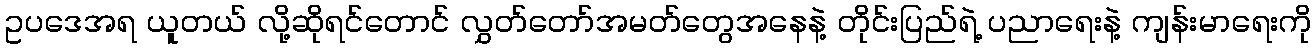
ဥပဒေအရ ယူတယ် လို့ဆိုရင်တောင် လွှတ်တော်အမတ်တွေအနေနဲ့ တိုင်းပြည်ရဲ့ ပညာရေးနဲ့ ကျန်းမာရေးကို